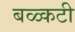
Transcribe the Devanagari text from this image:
बळ्कटी